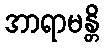
အာရာမန္တိ